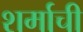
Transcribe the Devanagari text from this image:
शर्माची